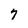
Character: 7